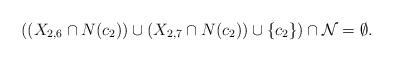
LaTeX: \begin{align*}\mbox{$((X_{2,6}\cap N(c_2))\cup (X_{2,7}\cap N(c_2))\cup\{c_2\})\cap {\cal N}=\emptyset$.}\end{align*}